Report of the Indian Hemp Drugs Commission, 1894-1895 - Volume II
Year: 1894
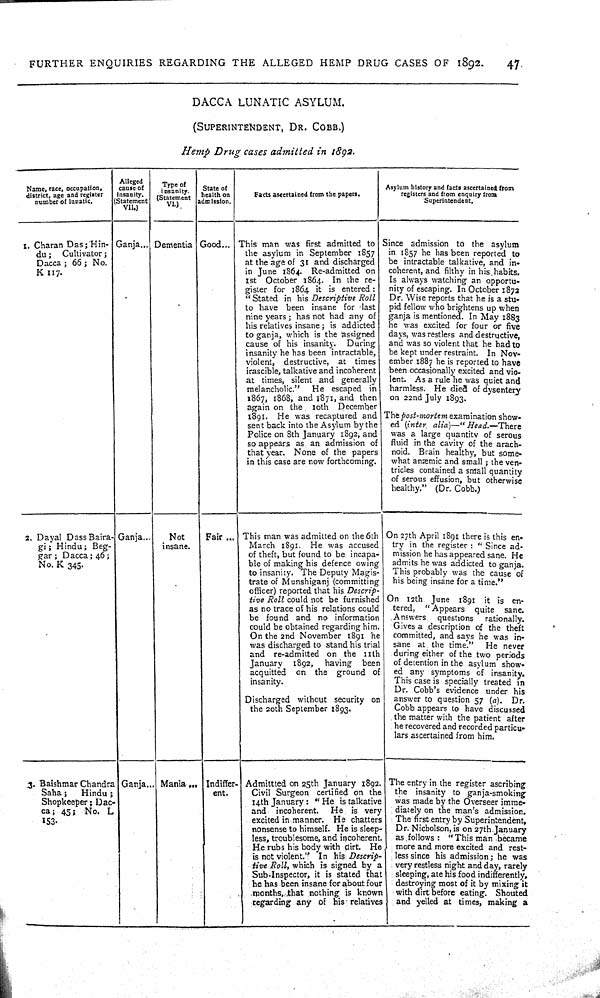
FURTHER
ENQUIRIES
REGARDING
THE ALLEGED
HEMP
DRUG CASES OF
1892.
47,
DACCA
LUNATIC
ASYLUM.
(SUPERINTENDENT,
DR.
COBB.)
Hemp
Drug
cases
admitted
in
1892.
Name, race, occupation,
district, age and register
number of lunatic.
Alleged
cause of
insanity.
(Statement
VII.)
Type of
insanity.
(Statement
VI.)
State of
health on
admission.
Facts ascertained from the papers.
Asylum history and facts ascertained from
registers and from enquiry from
Superintendent.
1. Charan Das; Hin-
du;
Cultivator;
Dacca; 66; No.
K 117.
Ganja
Dementia Good
This man was first admitted to
the asylum in September 1857
at the age of 31 and discharged
in June 1864. Re-admitted on
1st
October 1864. In the re-
gister for 1864 it is entered:
"Stated
in his Descriptive
Roll
to have been insane for last
nine years; has not had any of
his relatives insane; is addicted
to ganja, which is the assigned
cause of his insanity.
During
insanity he has been intractable,
violent,
destructive,
at
times
irascible, talkative and incoherent
at times, silent and generally
melancholic."
He escaped in
1867, 1868, and 1871, and then
again on the
10th
December
1891.
He was recaptured and
sent back into the Asylum by the
Police on 8th January 1892, and
so appears as an admission of
that year.
None of the papers
in this case are now forthcoming.
Since admission to the asylum
in 1857 he has been reported to
be intractable talkative, and in-
coherent, and filthy in his habits.
Is always watching an opportu-
nity of escaping. In October 1872
Dr. Wise reports that he is a stu-
pid fellow who brightens up when
ganja is mentioned. In May 1883
he was excited for four or five
days, was restless and destructive,
and was so violent that he had to
be kept under restraint.
In Nov-
ember 1887 he is reported to have
been occasionally excited and vio-
lent. As a rule he was quiet and
harmless. He died of dysentery
on 22nd July 1893.
The post-mortem
examination show-
ed
(inter,
alia)—"Head.—There
was a large quantity of serous
fluid
in the cavity of the arach-
noid. Brain healthy, but some-
what anæmic and small; the ven-
tricles contained a small quantity
of serous effusion, but otherwise
healthy."
(Dr. Cobb.)
2. Dayal Dass Baira-
gi; Hindu; Beg-
gar; Dacca; 46;
No. K 345.
Ganja
Not
insane.
Fair
This man was admitted on the 6th
March 1891. He was accused
of theft, but found to be incapa-
ble of making his defence owing
to insanity. The Deputy Magis-
trate of Munshiganj (committing
officer) reported that his Descrip-
tive Roll could not be furnished
as no trace of his relations could
be found and no information
could be obtained regarding him.
On the 2nd November 1891 he
was discharged to stand his trial
and
re-admitted on the
11th
January
1892,
having
been
acquitted
on the ground of
insanity.
Discharged without security on
the 20th September 1893.
On 27th April 1891 there is this en-
try in the register: "Since ad-
mission he has appeared sane. He
admits he was addicted to ganja.
This probably was the cause of
his being insane for a time."
On 12th June
1891 it is en-
tered,
"Appears
quite
sane.
Answers
questions
rationally.
Gives a description of the theft
committed, and says he was in-
sane at the time."
He never
during either of the two periods
of detention in the asylum show-
ed any symptoms of insanity.
This case is specially treated in
Dr. Cobb's evidence under his
answer to question 57 (a). Dr.
Cobb appears to have discussed
the matter with the patient after
he recovered and recorded particu-
lars ascertained from him.
3. Baishmar Chandra
Saha;
Hindu;
Shopkeeper; Dac-
ca; 45; No.
L
153.
Ganja
Mania
Indiffer-
ent.
Admittted on 25th January 1892.
Civil Surgeon certified on the
14th January: "He is talkative
and
incoherent.
He is very
excited in manner.
He chatters
nonsense to himself. He is sleep-
less, troublesome, and incoherent.
He rubs his body with dirt. He
is not violent."
In his
Descrip-
tive Roll, which is signed by a
Sub-Inspector, it is stated that
he has been insane for about four
months, that nothing is known
regarding any of his relatives
The entry in the register ascribing
the insanity to ganja-smoking
was made by the Overseer imme-
diately on the man's admission.
The first entry by Superintendent,
Dr. Nicholson, is on 27th January
as follows: "This man became
more and more excited and rest-
less since his admission; he was
very restless night and day, rarely
sleeping, ate his food indifferently,
destroying most of it by mixing it
with dirt before eating. Shouted
and yelled at times, making a